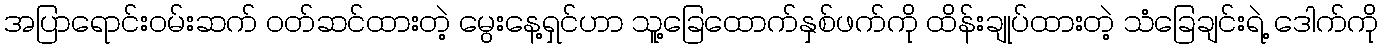
အပြာရောင်းဝမ်းဆက် ဝတ်ဆင်ထားတဲ့ မွေးနေ့ရှင်ဟာ သူ့ခြေထောက်နှစ်ဖက်ကို ထိန်းချုပ်ထားတဲ့ သံခြေချင်းရဲ့ ဒေါက်ကို